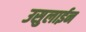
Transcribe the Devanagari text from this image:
उसुलाईन